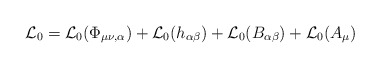
\begin{align*}{\cal L}_0 = {\cal L}_0 (\Phi_{\mu\nu,\alpha}) + {\cal L}_0 (h_{\alpha\beta})+ {\cal L}_0 (B_{\alpha\beta}) + {\cal L}_0 (A_\mu)\end{align*}